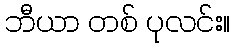
ဘီယာ တစ် ပုလင်း။